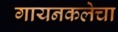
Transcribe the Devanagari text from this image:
गायनकलेचा